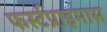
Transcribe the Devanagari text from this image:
फर्स्टप्राइमास